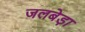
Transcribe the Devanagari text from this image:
जलबेड़ा